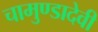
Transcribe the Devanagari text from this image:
चामुण्डादेवी